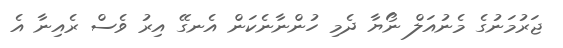
ޖަރުމަނުގެ މެނުއަލް ނޯޔާ ދެމި ހުންނާނެކަން އެނގޭ އިރު ވެސް ރެއިނާ އެ